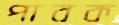
পাবক